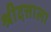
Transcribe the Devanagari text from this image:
श्रीदत्ताला